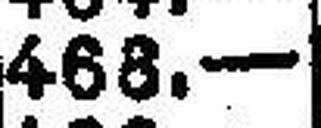
468.—